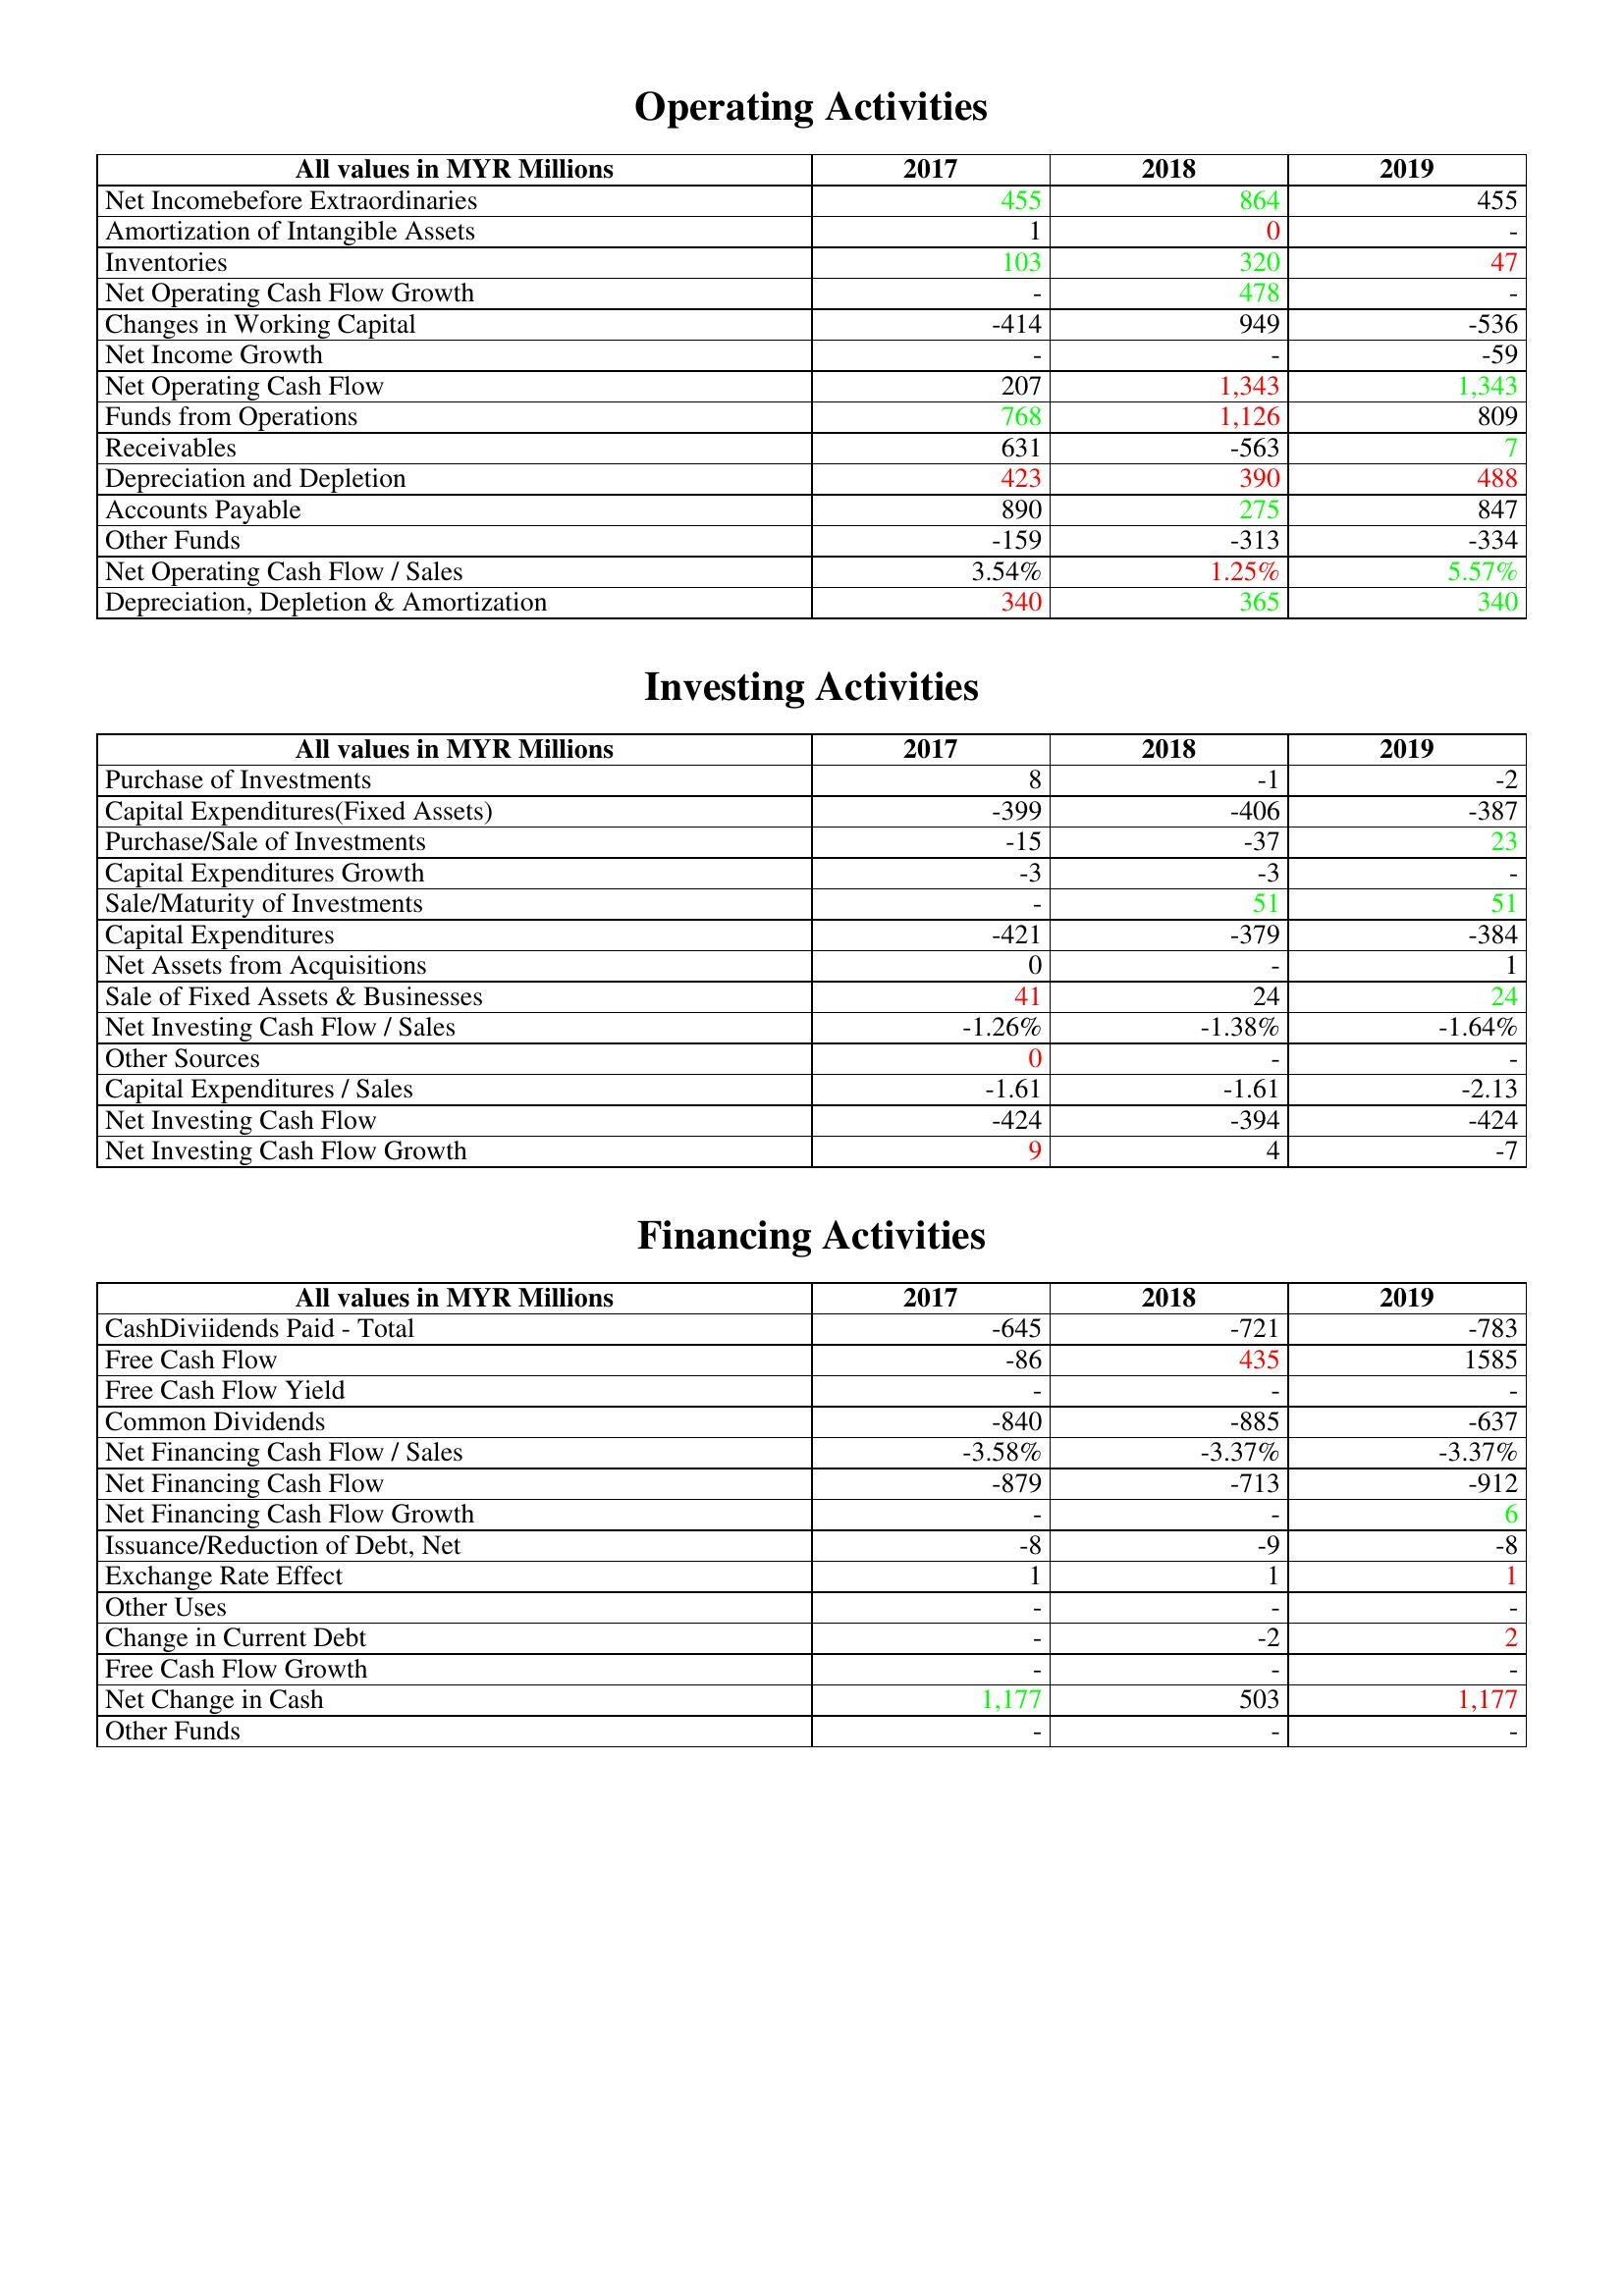
gt_parse: 2017: Operating Activities: Net Incomebefore Extraordinaries: 455
Amortization of Intangible Assets: 1
Inventories: 103
Net Operating Cash Flow Growth: -
Changes in Working Capital: -414
Net Income Growth: -
Net Operating Cash Flow: 207
Funds from Operations: 768
Receivables: 631
Depreciation and Depletion: 423
Accounts Payable: 890
Other Funds: -159
Net Operating Cash Flow / Sales: 3.54%
Depreciation, Depletion & Amortization: 340
Investing Activities: Purchase of Investments: 8
Capital Expenditures(Fixed Assets): -399
Purchase/Sale of Investments: -15
Capital Expenditures Growth: -3
Sale/Maturity of Investments: -
Capital Expenditures: -421
Net Assets from Acquisitions: 0
Sale of Fixed Assets & Businesses: 41
Net Investing Cash Flow / Sales: -1.26%
Other Sources: 0
Capital Expenditures / Sales: -1.61
Net Investing Cash Flow: -424
Net Investing Cash Flow Growth: 9
Financing Activities: CashDiviidends Paid - Total: -645
Free Cash Flow: -86
Free Cash Flow Yield: -
Common Dividends: -840
Net Financing Cash Flow / Sales: -3.58%
Net Financing Cash Flow: -879
Net Financing Cash Flow Growth: -
Issuance/Reduction of Debt, Net: -8
Exchange Rate Effect: 1
Other Uses: -
Change in Current Debt: -
Free Cash Flow Growth: -
Net Change in Cash: 1,177
Other Funds: -
2018: Operating Activities: Net Incomebefore Extraordinaries: 864
Amortization of Intangible Assets: 0
Inventories: 320
Net Operating Cash Flow Growth: 478
Changes in Working Capital: 949
Net Income Growth: -
Net Operating Cash Flow: 1,343
Funds from Operations: 1,126
Receivables: -563
Depreciation and Depletion: 390
Accounts Payable: 275
Other Funds: -313
Net Operating Cash Flow / Sales: 1.25%
Depreciation, Depletion & Amortization: 365
Investing Activities: Purchase of Investments: -1
Capital Expenditures(Fixed Assets): -406
Purchase/Sale of Investments: -37
Capital Expenditures Growth: -3
Sale/Maturity of Investments: 51
Capital Expenditures: -379
Net Assets from Acquisitions: -
Sale of Fixed Assets & Businesses: 24
Net Investing Cash Flow / Sales: -1.38%
Other Sources: -
Capital Expenditures / Sales: -1.61
Net Investing Cash Flow: -394
Net Investing Cash Flow Growth: 4
Financing Activities: CashDiviidends Paid - Total: -721
Free Cash Flow: 435
Free Cash Flow Yield: -
Common Dividends: -885
Net Financing Cash Flow / Sales: -3.37%
Net Financing Cash Flow: -713
Net Financing Cash Flow Growth: -
Issuance/Reduction of Debt, Net: -9
Exchange Rate Effect: 1
Other Uses: -
Change in Current Debt: -2
Free Cash Flow Growth: -
Net Change in Cash: 503
Other Funds: -
2019: Operating Activities: Net Incomebefore Extraordinaries: 455
Amortization of Intangible Assets: -
Inventories: 47
Net Operating Cash Flow Growth: -
Changes in Working Capital: -536
Net Income Growth: -59
Net Operating Cash Flow: 1,343
Funds from Operations: 809
Receivables: 7
Depreciation and Depletion: 488
Accounts Payable: 847
Other Funds: -334
Net Operating Cash Flow / Sales: 5.57%
Depreciation, Depletion & Amortization: 340
Investing Activities: Purchase of Investments: -2
Capital Expenditures(Fixed Assets): -387
Purchase/Sale of Investments: 23
Capital Expenditures Growth: -
Sale/Maturity of Investments: 51
Capital Expenditures: -384
Net Assets from Acquisitions: 1
Sale of Fixed Assets & Businesses: 24
Net Investing Cash Flow / Sales: -1.64%
Other Sources: -
Capital Expenditures / Sales: -2.13
Net Investing Cash Flow: -424
Net Investing Cash Flow Growth: -7
Financing Activities: CashDiviidends Paid - Total: -783
Free Cash Flow: 1585
Free Cash Flow Yield: -
Common Dividends: -637
Net Financing Cash Flow / Sales: -3.37%
Net Financing Cash Flow: -912
Net Financing Cash Flow Growth: 6
Issuance/Reduction of Debt, Net: -8
Exchange Rate Effect: 1
Other Uses: -
Change in Current Debt: 2
Free Cash Flow Growth: -
Net Change in Cash: 1,177
Other Funds: -